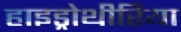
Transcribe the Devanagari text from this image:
हाइड्रोथीरिया